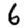
Digit: 6